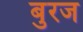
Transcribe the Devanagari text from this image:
बुरज